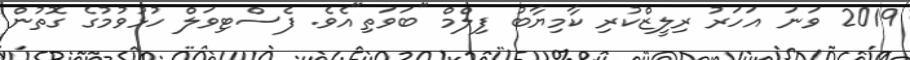
2019 ވަނަ އަހަރު ރިލީޒްކުރި ކާމިޔާބު ފިލްމް "ބަވަތި"އެވެ. ފެސްޓިވަލް ހުޅުވުމުގެ ގޮތުން